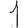
Digit: 1